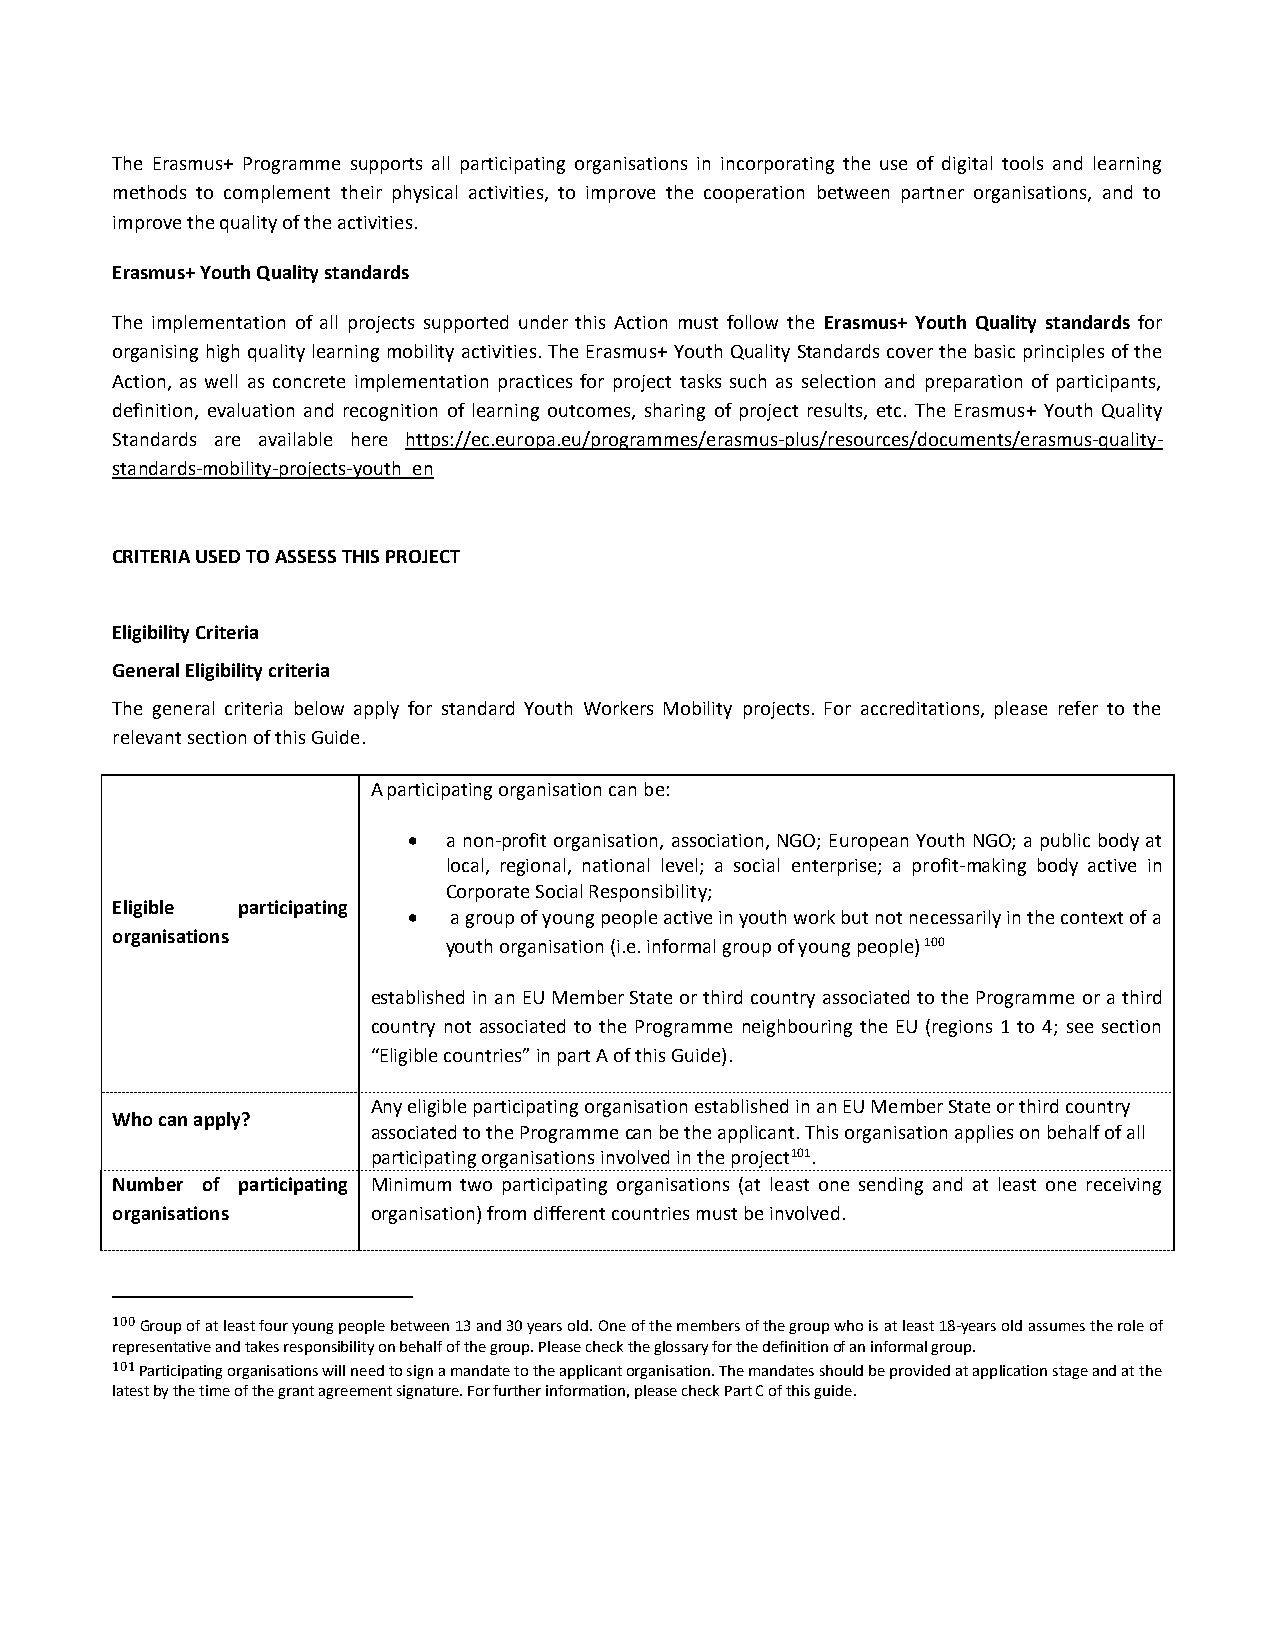
The Erasmus+ Programme supports all participating organisations in incorporating the use of digital tools and learning
 methods to complement their physical activities, to improve the cooperation between partner organisations, and to
 improve the quality of the activities.
 Erasmus+ Youth Quality standards
 The implementation of all projects supported under this Action must follow the Erasmus+ Youth Quality standards for
 organising high quality learning mobility activities. The Erasmus+ Youth Quality Standards cover the basic principles of the
 Action, as well as concrete implementation practices for project tasks such as selection and preparation of participants,
 definition, evaluation and recognition of learning outcomes, sharing of project results, etc. The Erasmus+ Youth Quality
 Standards are available here https://ec.europa.eu/programmes/erasmus-plus/resources/documents/erasmus-quality-
 standards-mobility-projects-youth_en
 CRITERIA USED TO ASSESS THIS PROJECT
 Eligibility Criteria
 General Eligibility criteria
 The general criteria below apply for standard Youth Workers Mobility projects. For accreditations, please refer to the
 relevant section of this Guide.
 A participating organisation can be:
   a non-profit organisation, association, NGO; European Youth NGO; a public body at
 local, regional, national level; a social enterprise; a profit-making body active in
 Corporate Social Responsibility;
 Eligible participating
   a group of young people active in youth work but not necessarily in the context of a
 organisations
 youth organisation (i.e. informal group of young people) 100
 established in an EU Member State or third country associated to the Programme or a third
 country not associated to the Programme neighbouring the EU (regions 1 to 4; see section
 “Eligible countries” in part A of this Guide).
 Any eligible participating organisation established in an EU Member State or third country
 Who can apply?
 associated to the Programme can be the applicant. This organisation applies on behalf of all
 participating organisations involved in the project101.
 Number of participating Minimum two participating organisations (at least one sending and at least one receiving
 organisations     organisation) from different countries must be involved.
 100 Group of at least four young people between 13 and 30 years old. One of the members of the group who is at least 18-years old assumes the role of
 representative and takes responsibility on behalf of the group. Please check the glossary for the definition of an informal group.
 101 Participating organisations will need to sign a mandate to the applicant organisation. The mandates should be provided at application stage and at the
 latest by the time of the grant agreement signature. For further information, please check Part C of this guide.